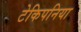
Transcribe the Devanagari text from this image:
टेकिपनिया